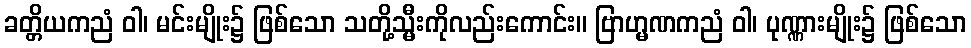
ခတ္တိယကညံ ဝါ၊ မင်းမျိုး၌ ဖြစ်သော သတို့သ္မီးကိုလည်းကောင်း။ ဗြာဟ္မဏကညံ ဝါ၊ ပုဏ္ဏားမျိုး၌ ဖြစ်သော